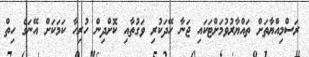
ރަސްމިއްޔާތަށް ތައްޔާރުވުމަށްޓަކައި ޖަނާ ހޭދަކުރި ވަގުތާއި ކޮށްދިން ހުރިހާ ކަމަކަށް އޭނަގެ ހިތް